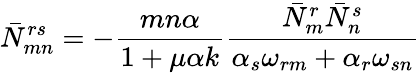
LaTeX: \bar{N}_{mn}^{rs}=-{\frac{mn\alpha}{1+\mu\alpha k}}{\frac{\bar{N}_{m}^{r}\bar{N}_{n}^{s}}{\alpha_{s}\omega_{rm}+\alpha_{r}\omega_{sn}}}